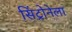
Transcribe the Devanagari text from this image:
सिंट्रोनेला